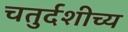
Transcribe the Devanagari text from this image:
चतुर्दशीच्य